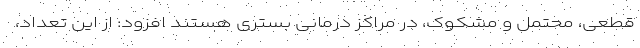
قطعی، محتمل و مشکوک، در مراکز درمانی بستری هستند افزود: از این تعداد،